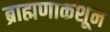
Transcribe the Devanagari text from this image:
ब्राह्मणाकशून